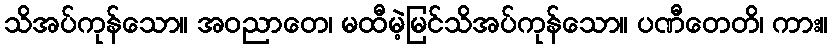
သိအပ်ကုန်သော။ အဝညာတေ၊ မထီမဲ့မြင်သိအပ်ကုန်သော။ ပဏီတေတိ၊ ကား။